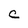
Character: C